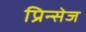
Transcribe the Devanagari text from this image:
प्रिन्सेज